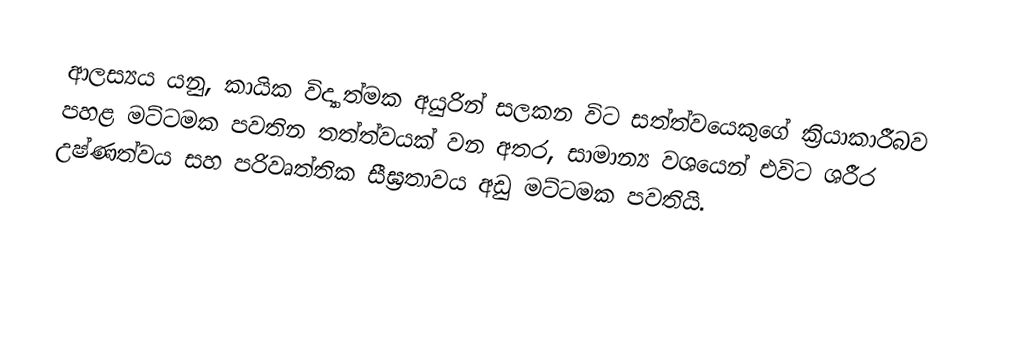
ආලස්‍යය යනු, කායික විද්‍යාත්මක අයුරින් සලකන විට  සත්ත්වයෙකුගේ ක්‍රියාකාරීබව  පහළ මට්ටමක පවතින තත්ත්වයක් වන අතර, සාමාන්‍ය වශයෙන් එවිට ශරීර උෂ්ණත්වය සහ පරිවෘත්තික සීඝ්‍රතාවය අඩු මට්ටමක පවතියි.